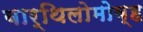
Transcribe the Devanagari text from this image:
बार्थिलोमोव्ह